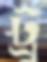
ট্রু